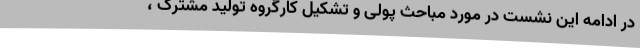
در ادامه این نشست در مورد مباحث پولی و تشکیل کارگروه تولید مشترک ،